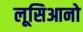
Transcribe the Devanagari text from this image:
लूसिआनो